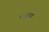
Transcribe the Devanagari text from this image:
नासत्या